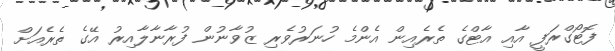
ފޮޓޯގްރަފީ އާއި އާޓްގެ ތެރެއިން އެންމެ ހުނަރުވެރި ޒުވާނުން ފުރާނާލާއިރު އޭގެ ތެރެއަށް